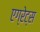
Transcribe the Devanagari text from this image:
एग्रेट्स